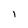
Character: 1